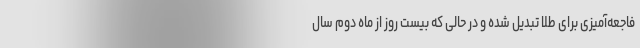
فاجعه‌آمیزی برای طلا تبدیل شده و در حالی که بیست روز از ماه‌ دوم سال